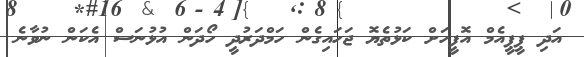
އަދި ޕީޕީއެމް އޮފީހަށް ކަޅުތެޔޮ ޖަހައިގެން ހަމްދަރުދީ ހޯދަން އުޅުނަސް އެކަން ނުވާނެ